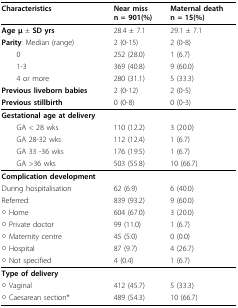
<table><thead><tr><td><b>Characteristics</b></td><td><b>Near miss n = 901(%)</b></td><td><b>Maternal death n = 15(%)</b></td></tr></thead><tbody><tr><td><b>Age μ </b>± <b>SD yrs</b></td><td>28.4 ± 7.1</td><td>29.1 ± 7.1</td></tr><tr><td><b>Parity</b>: Median (range)</td><td>2 (0-15)</td><td>2 (0-8)</td></tr><tr><td> 0</td><td>252 (28.0)</td><td>1 (6.7)</td></tr><tr><td> 1-3</td><td>369 (40.8)</td><td>9 (60.0)</td></tr><tr><td> 4 or more</td><td>280 (31.1)</td><td>5 (33.3)</td></tr><tr><td><b>Previous liveborn babies</b></td><td>2 (0-12)</td><td>2 (0-5)</td></tr><tr><td><b>Previous stillbirth</b></td><td>0 (0-8)</td><td>0 (0-3)</td></tr><tr><td><b>Gestational age at delivery</b></td><td>[EMPTY_CELL]</td><td>[EMPTY_CELL]</td></tr><tr><td> GA &lt; 28 wks</td><td>110 (12.2)</td><td>3 (20.0)</td></tr><tr><td> GA 28-32 wks</td><td>112 (12.4)</td><td>1 (6.7)</td></tr><tr><td> GA 33 -36 wks</td><td>176 (19.5)</td><td>1 (6.7)</td></tr><tr><td> GA &gt;36 wks</td><td>503 (55.8)</td><td>10 (66.7)</td></tr><tr><td><b>Complication development</b></td><td>[EMPTY_CELL]</td><td>[EMPTY_CELL]</td></tr><tr><td>During hospitalisation</td><td>62 (6.9)</td><td>6 (40.0)</td></tr><tr><td>Referred:</td><td>839 (93.2)</td><td>9 (60.0)</td></tr><tr><td>○ Home</td><td>604 (67.0)</td><td>3 (20.0)</td></tr><tr><td>○ Private doctor</td><td>99 (11.0)</td><td>1 (6.7)</td></tr><tr><td>○ Maternity centre</td><td>45 (5.0)</td><td>0 (0.0)</td></tr><tr><td>○ Hospital</td><td>87 (9.7)</td><td>4 (26.7)</td></tr><tr><td>○ Not specified</td><td>4 (0.4)</td><td>1 (6.7)</td></tr><tr><td><b>Type of delivery</b></td><td>[EMPTY_CELL]</td><td>[EMPTY_CELL]</td></tr><tr><td>○ Vaginal</td><td>412 (45.7)</td><td>5 (33.3)</td></tr><tr><td>○ Caesarean section*</td><td>489 (54.3)</td><td>10 (66.7)</td></tr></tbody></table>